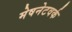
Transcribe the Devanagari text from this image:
मेषनेटवर्क